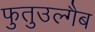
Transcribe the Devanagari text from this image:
फुतुउल्गैब